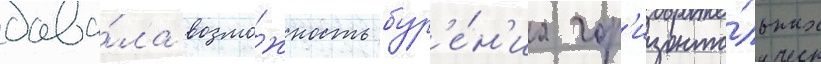
дава́ла возмо́жность бур'е́н'иа гор'изонта́льных